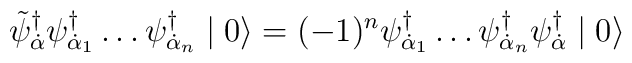
\tilde{\psi}^{\dagger}_{\dot{\alpha}} \psi^{\dagger}_{\dot{\alpha}_{1}} \ldots \psi^{\dagger}_{\dot{\alpha}_{n}} \mid 0 \rangle = (-1)^{n} \psi^{\dagger}_{\dot{\alpha}_{1}} \ldots \psi^{\dagger}_{\dot{\alpha}_{n}}\psi^{\dagger}_{\dot{\alpha}} \mid 0 \rangle \vspace{-3pt}